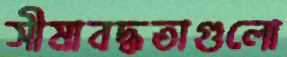
সীমাবদ্ধতাগুলো